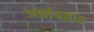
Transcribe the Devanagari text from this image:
अर्चावतार